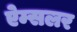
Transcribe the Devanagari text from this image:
ऐम्सलर